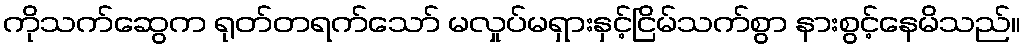
ကိုသက်ဆွေက ရုတ်တရက်သော် မလှုပ်မရှားနှင့်ငြိမ်သက်စွာ နားစွင့်နေမိသည်။